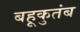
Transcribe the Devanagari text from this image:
बहूकुतंब